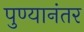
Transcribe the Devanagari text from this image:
पुण्यानंतर